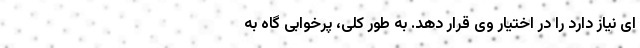
ای نیاز دارد را در اختیار وی قرار دهد. به طور کلی، پرخوابی گاه به